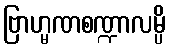
ဗြာဟ္မဏစဏ္ဍာလမ္ပိ